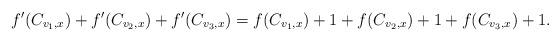
LaTeX: \begin{align*}f'(C_{v_1,x})+f'(C_{v_2,x}) + f'(C_{v_3,x}) = f(C_{v_1,x})+1+ f(C_{v_2,x}) +1 + f(C_{v_3,x}) +1.\end{align*}